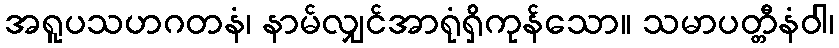
အရူပသဟဂတနံ၊ နာမ်လျှင်အာရုံရှိကုန်သော။ သမာပတ္တီနံဝါ၊